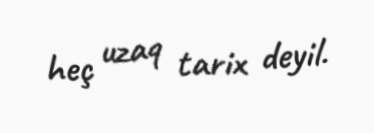
heç uzaq tarix deyil.